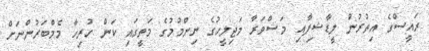
ރައީސްގެ އިތުރުން ލީޑާޝިޕާއި މަޝްވަރާ މަޖިލީހުގެ ނިންމުމުގެ މަތީގައި ކަން ހުރިހާ މެމްބަރުންނަށް